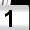
Digit: 1